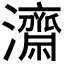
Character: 𭳯